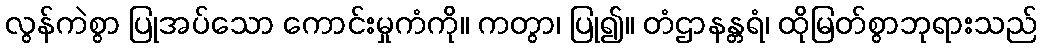
လွန်ကဲစွာ ပြုအပ်သော ကောင်းမှုကံကို။ ကတွာ၊ ပြု၍။ တံဌာနန္တရံ၊ ထိုမြတ်စွာဘုရားသည်